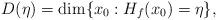
LaTeX: \begin{align*}D(\eta)={\rm dim}\{x_0:H_f(x_0)=\eta\},\end{align*}